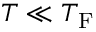
T \ll T _ { \mathrm { F } }